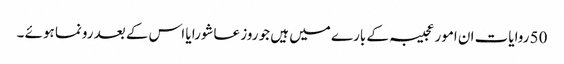
50 روایات ان امور عجیبہ کے بارے میں ہیں جو روز عاشورا یا اس کے بعد رونما ہوئے ۔